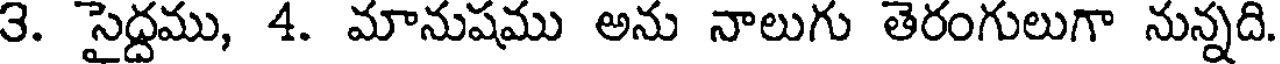
3. సైద్దము, 4. మానుషము అను నాలుగు తెరంగులుగా నున్నది